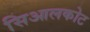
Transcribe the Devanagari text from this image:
सिआलकोट